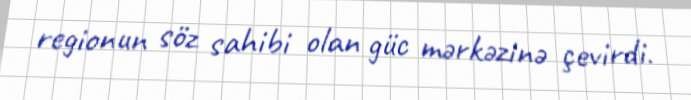
regionun söz sahibi olan güc mərkəzinə çevirdi.